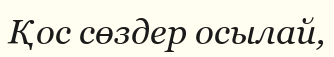
Қос сөздер осылай,